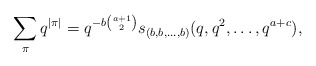
\begin{align*} \sum_\pi q^{\vert\pi\vert}=q^{-b\binom {a+1}2}s_{(b,b,\dots,b)}(q,q^2,\dots,q^{a+c}),\end{align*}